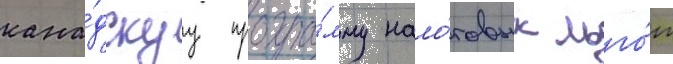
кана́дскуу програ́мму нало́говых льго́т